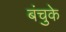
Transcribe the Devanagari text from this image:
बंचुके